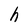
Character: h